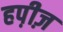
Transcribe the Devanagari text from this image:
हप़ीज़